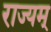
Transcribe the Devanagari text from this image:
राज्यम्